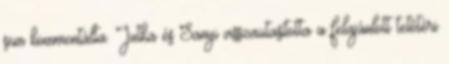
sem kommentálta. Jutka és Sanyi visszautasította a felajánlott tetőtéri